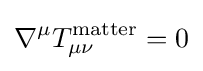
\nabla ^{\mu }T_{\mu \nu }^{\text{matter}}=0